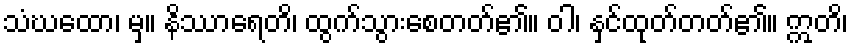
သံဃထော၊ မှ။ နိဿာရေတိ၊ ထွက်သွားစေတတ်၏။ ဝါ၊ နှင်ထုတ်တတ်၏။ ဣတိ၊